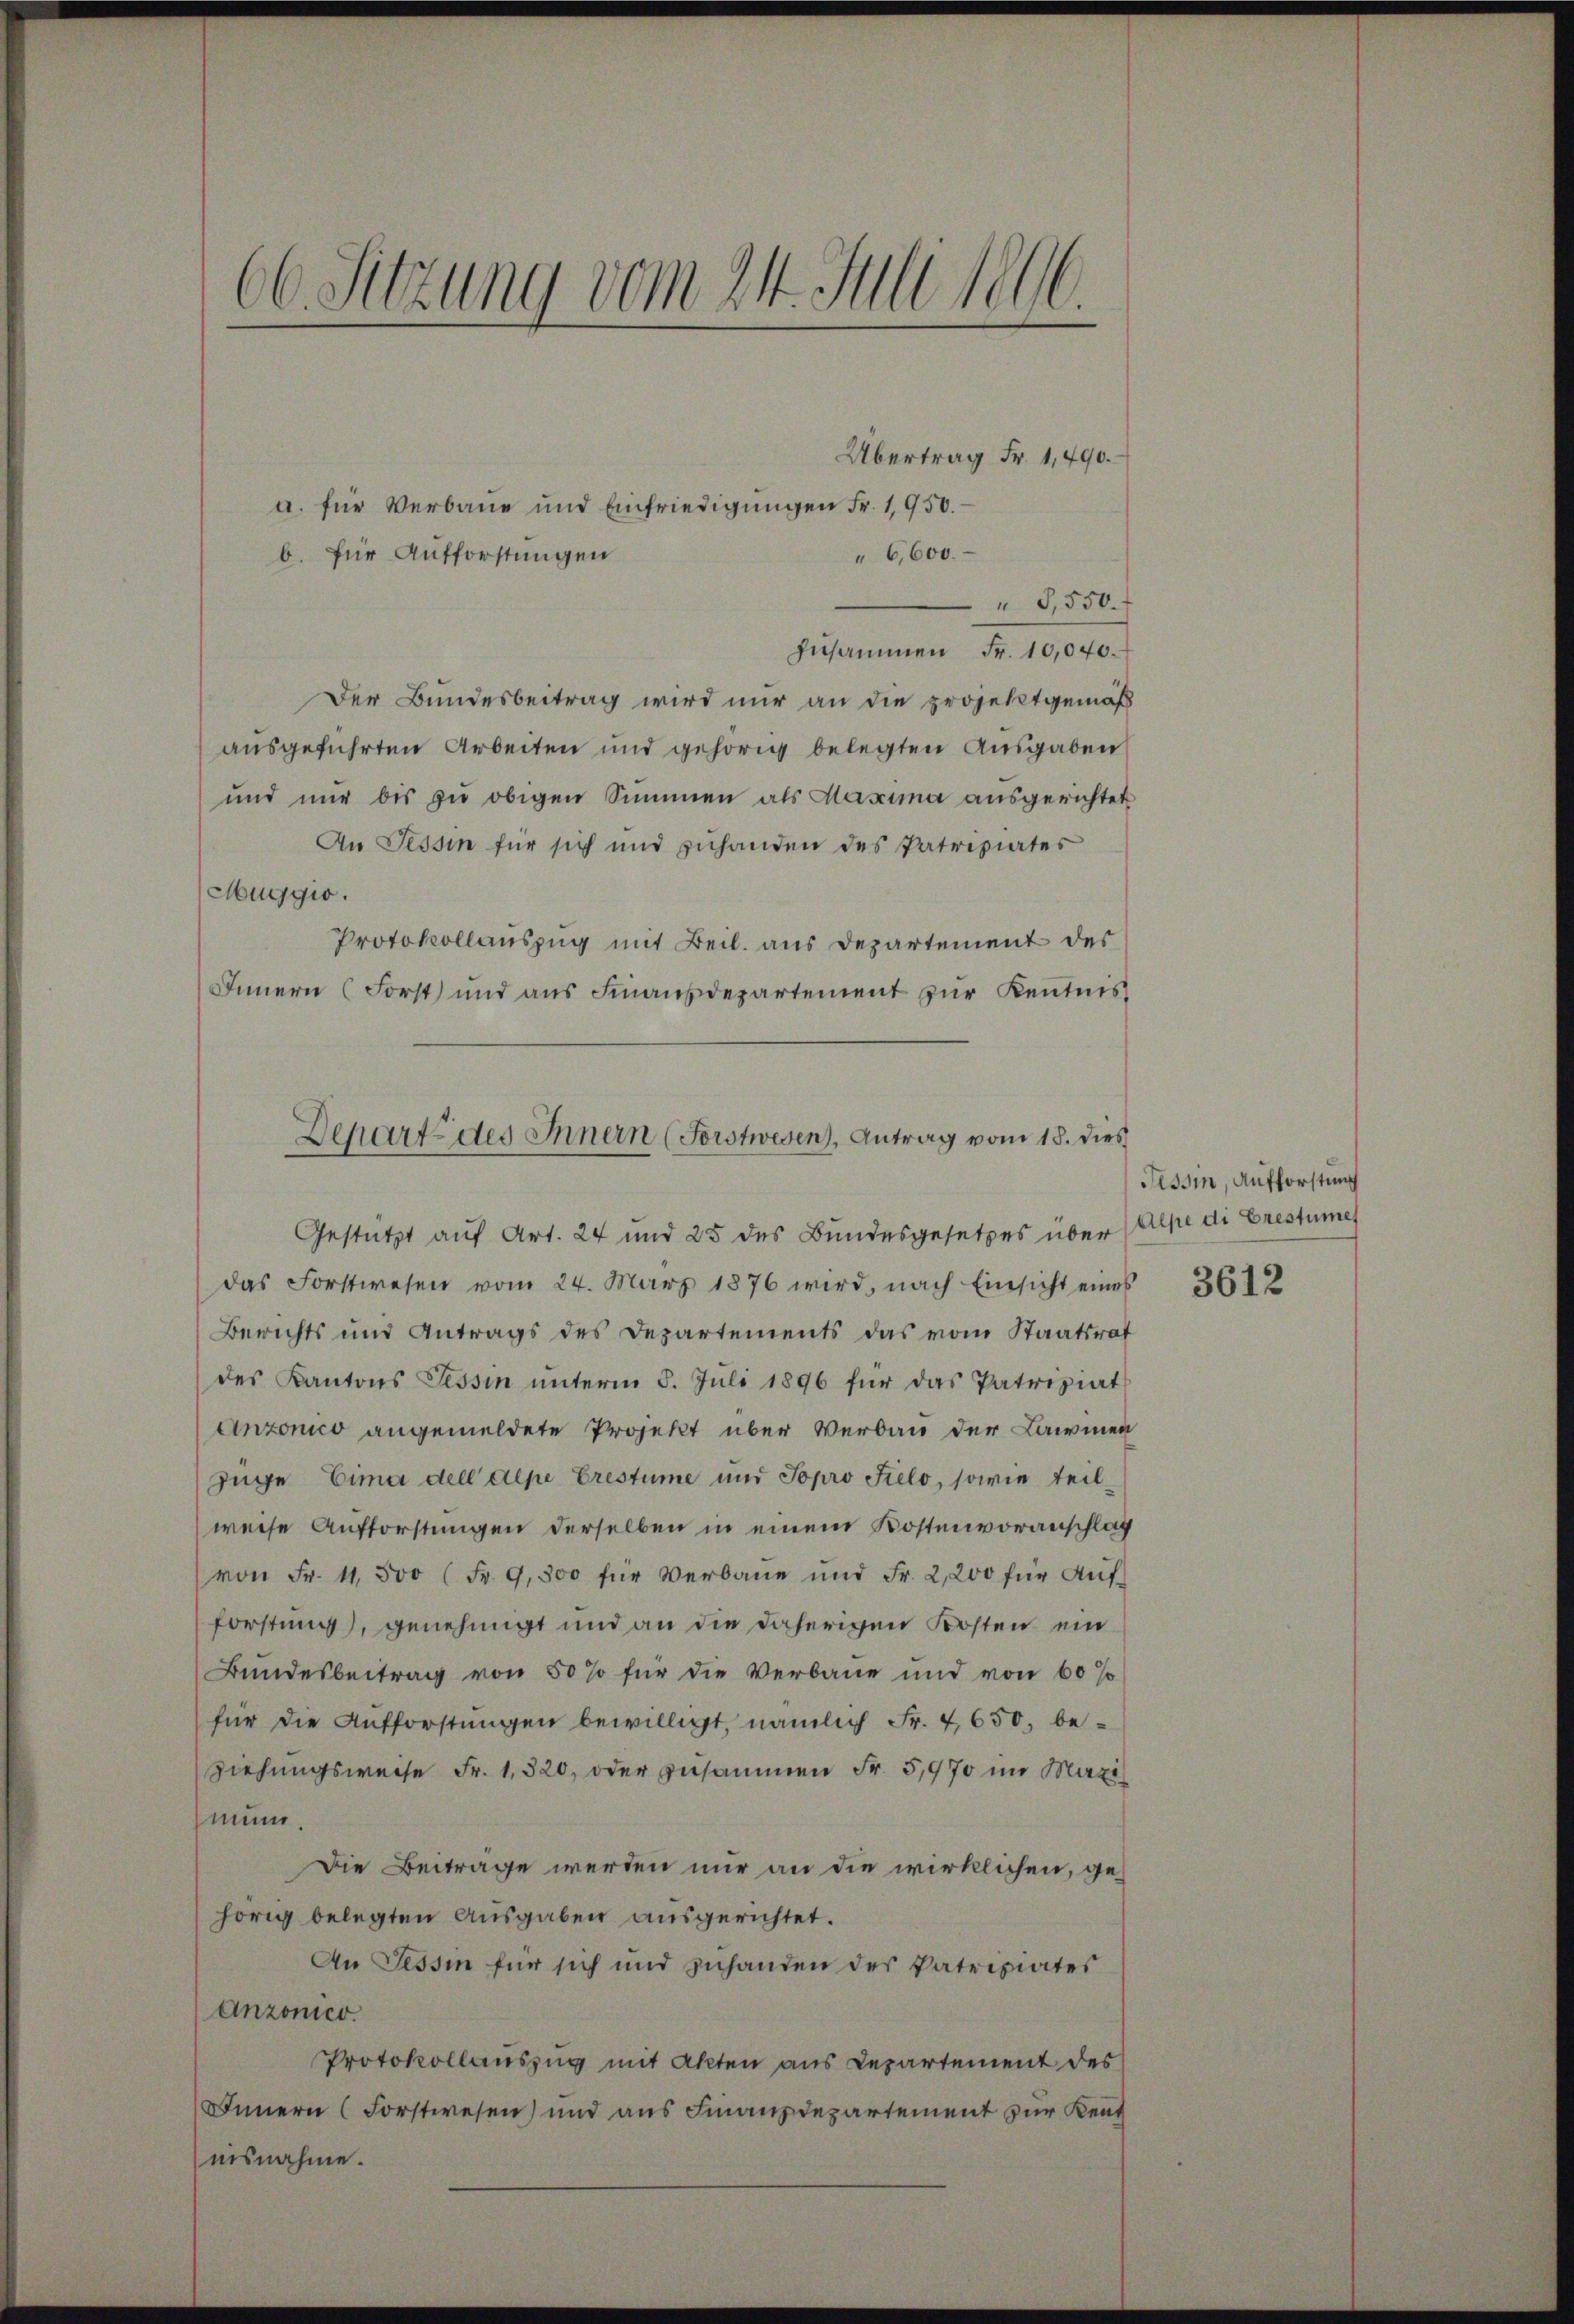
66. Sitzung vom 24. Juli 1890.

Übertrag Fr. 1,490.
"6,600.
,550.
zusammen Fr. 10,040.
Der Bundesbeitrag wird nur an die projektgemäß
ausgeführten Arbeiten und gehörig belegten Ausgaben
und nur bis zu obigen Summen als Maxima ausgerichtet
An Tessin für sich und zuhanden des Patriziates
Muggio.
Protokollauszug mit Beil. aus Departement des
Innern (Forst und aus Finanzdepartement zur Kentnis¬

a. für Verbaue und Einfriedigungen Fr. 1950. –
b. für Aufforstungen

Departe des Innern (Forstwesen), Antrag vom 18. dies

Gestützt auf Art. 24 und 25 des Bundesgesetzes über
das Forstwesen vom 24. März 1876 wird, nach Einsicht eines
Berichts und Antrags des Departements das vom Staatsrat
des Kantons Tessin ŭnterm 5. Juli 1896 für das Patriziat
Anzonico angemeldete Projekt über Verbau der Lawinen
züge Eima dell depe Crestume und Popro Fielo, sowie teilweise Aufforstungen derselben in einem Kostenvoranschlag
von Fr. 11. 500 (Fr. 9300 für Verbaŭe und Fr. 2,200 für Aŭf-
forstung), genehmigt und an die daherigen Kosten ein
Bundesbeitrag von 50 % für die Verbaue und von 60 %
für die Aufforstŭngen bewilligt, nämlich Fr. 4,650, beziehungsweise Fr. 1320, oder zusammen Fr. 5,970 im Maxi
mun.
Die Beiträge werden nur an die wirklichen, ge-
hörig belegten Ausgaben ausgerichtet.
An Tessin für sich und zuhanden des Patriziates
Anzonico.
Protokollauszug mit Akten aus Departement des
Innern (Forstwesen) und aus Finanzdepartement zur Kent
nisnahme.

Tessin, Aufforstung
Alpe di Erestumes
3612